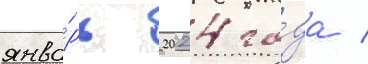
янва́рь 2024 го́да /